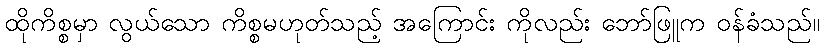
ထိုကိစ္စမှာ လွယ်သော ကိစ္စမဟုတ်သည့် အကြောင်း ကိုလည်း ဘော်ဖြူက ဝန်ခံသည်။